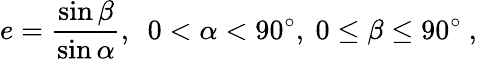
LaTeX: e={\frac{\sin\beta}{\sin\alpha}},\ \ 0<\alpha<90^{\circ},\ 0\leq\beta\leq 90^{\circ}\ ,